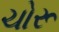
ચોરૂ